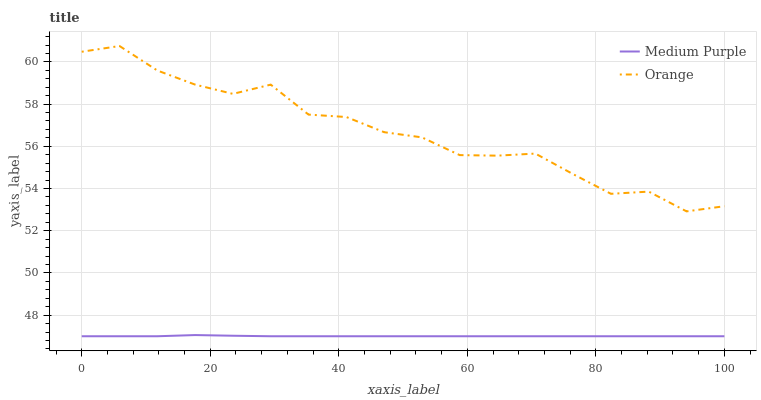
| xaxis_label | Medium Purple | Orange |
 | --- | --- | --- |
 | 0 | 47 | 60.5 |
 | 5.88 | 47 | 60.8 |
 | 11.8 | 47 | 59.6 |
 | 17.6 | 47.1 | 58.9 |
 | 23.5 | 47 | 58.5 |
 | 29.4 | 47 | 58.9 |
 | 35.3 | 47 | 57.5 |
 | 41.2 | 47 | 57.4 |
 | 47.1 | 47 | 56.7 |
 | 52.9 | 47 | 56.4 |
 | 58.8 | 47 | 55.6 |
 | 64.7 | 47 | 55.6 |
 | 70.6 | 47 | 55.7 |
 | 76.5 | 47 | 54.7 |
 | 82.4 | 47 | 53.7 |
 | 88.2 | 47 | 53.9 |
 | 94.1 | 47 | 52.9 |
 | 100 | 47 | 53.2 |